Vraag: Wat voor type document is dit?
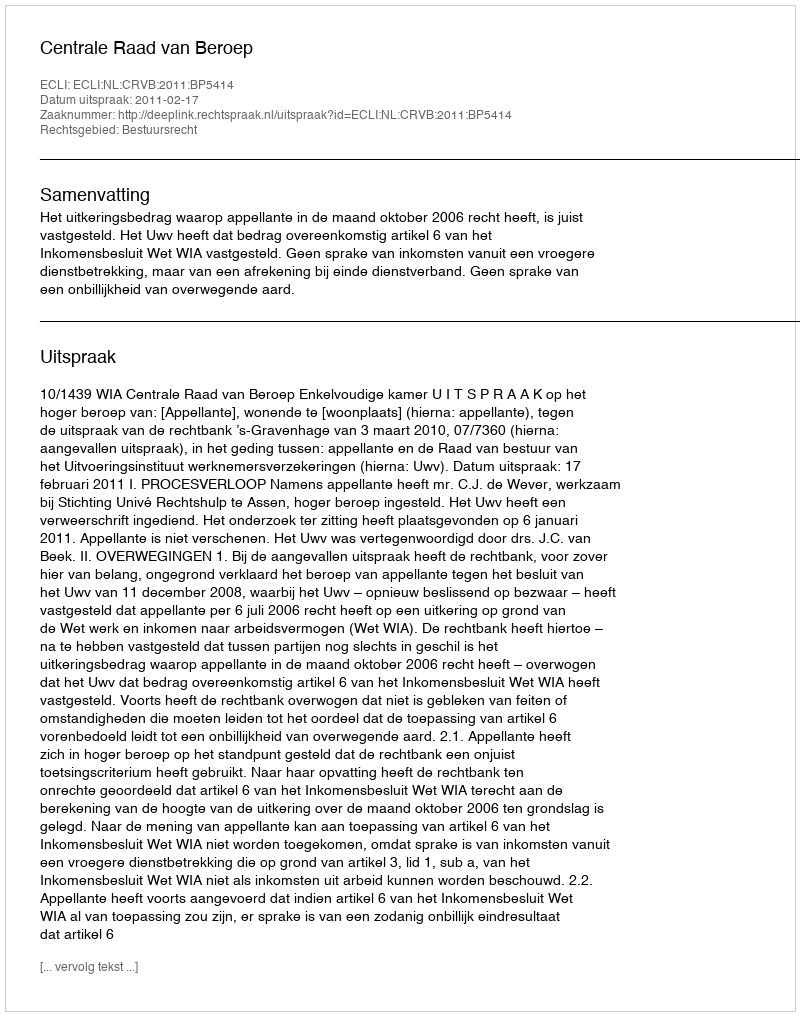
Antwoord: Uitspraak